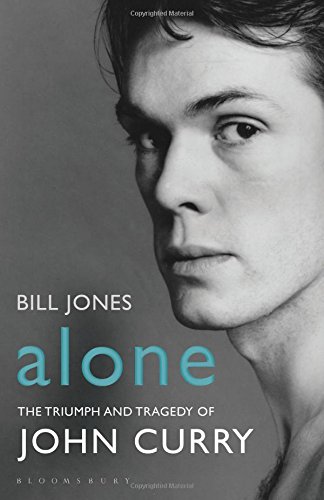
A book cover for Alone: The Triumph and Tragedy of John Curry; Bill Jones; Sports & Outdoors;